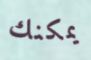
يمكنك